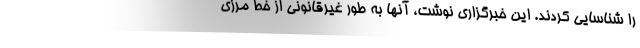
را شناسایی کردند. این خبرگزاری نوشت، آنها به طور غیرقانونی از خط مرزی